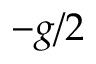
- g / 2